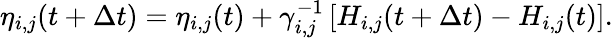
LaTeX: \eta_{i,j}(t+\Delta t)=\eta_{i,j}(t)+\gamma_{i,j}^{-1}\left[H_{i,j}(t+\Delta t)-H_{i,j}(t)\right].